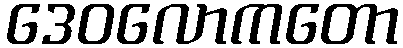
ဒေဝလောကတော